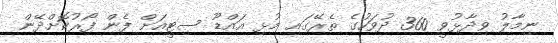
ނިމާލު ވިދާޅުވީ 360 ދުވަހުގެ ތެރޭގައި މުޅި އައްޑޫ ސިޓީއަށް ފެން ފޯރުކޮށްދޭން